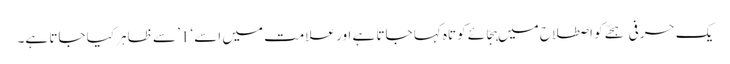
یک حرفی ہجّے کو اصطلاح میں ہجّائے کوتاہ کہا جاتا ہے اور علامت میں اسے ‘1’ سے ظاہر کیا جاتا ہے۔